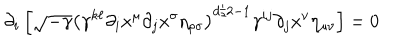
\partial _ { i } \left[ \sqrt { - \gamma } \left( \gamma ^ { k \ell } \partial _ { i } x ^ { \mu } \partial _ { j } x ^ { \sigma } \eta _ { \rho \sigma } \right) ^ { d / 2 - 1 } \gamma ^ { i j } \partial _ { j } x ^ { \nu } \eta _ { \mu \nu } \right] = 0